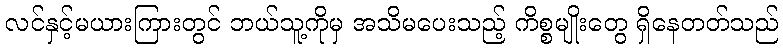
လင်နှင့်မယားကြားတွင် ဘယ်သူ့ကိုမှ အသိမပေးသည့် ကိစ္စမျိုးတွေ ရှိနေတတ်သည်